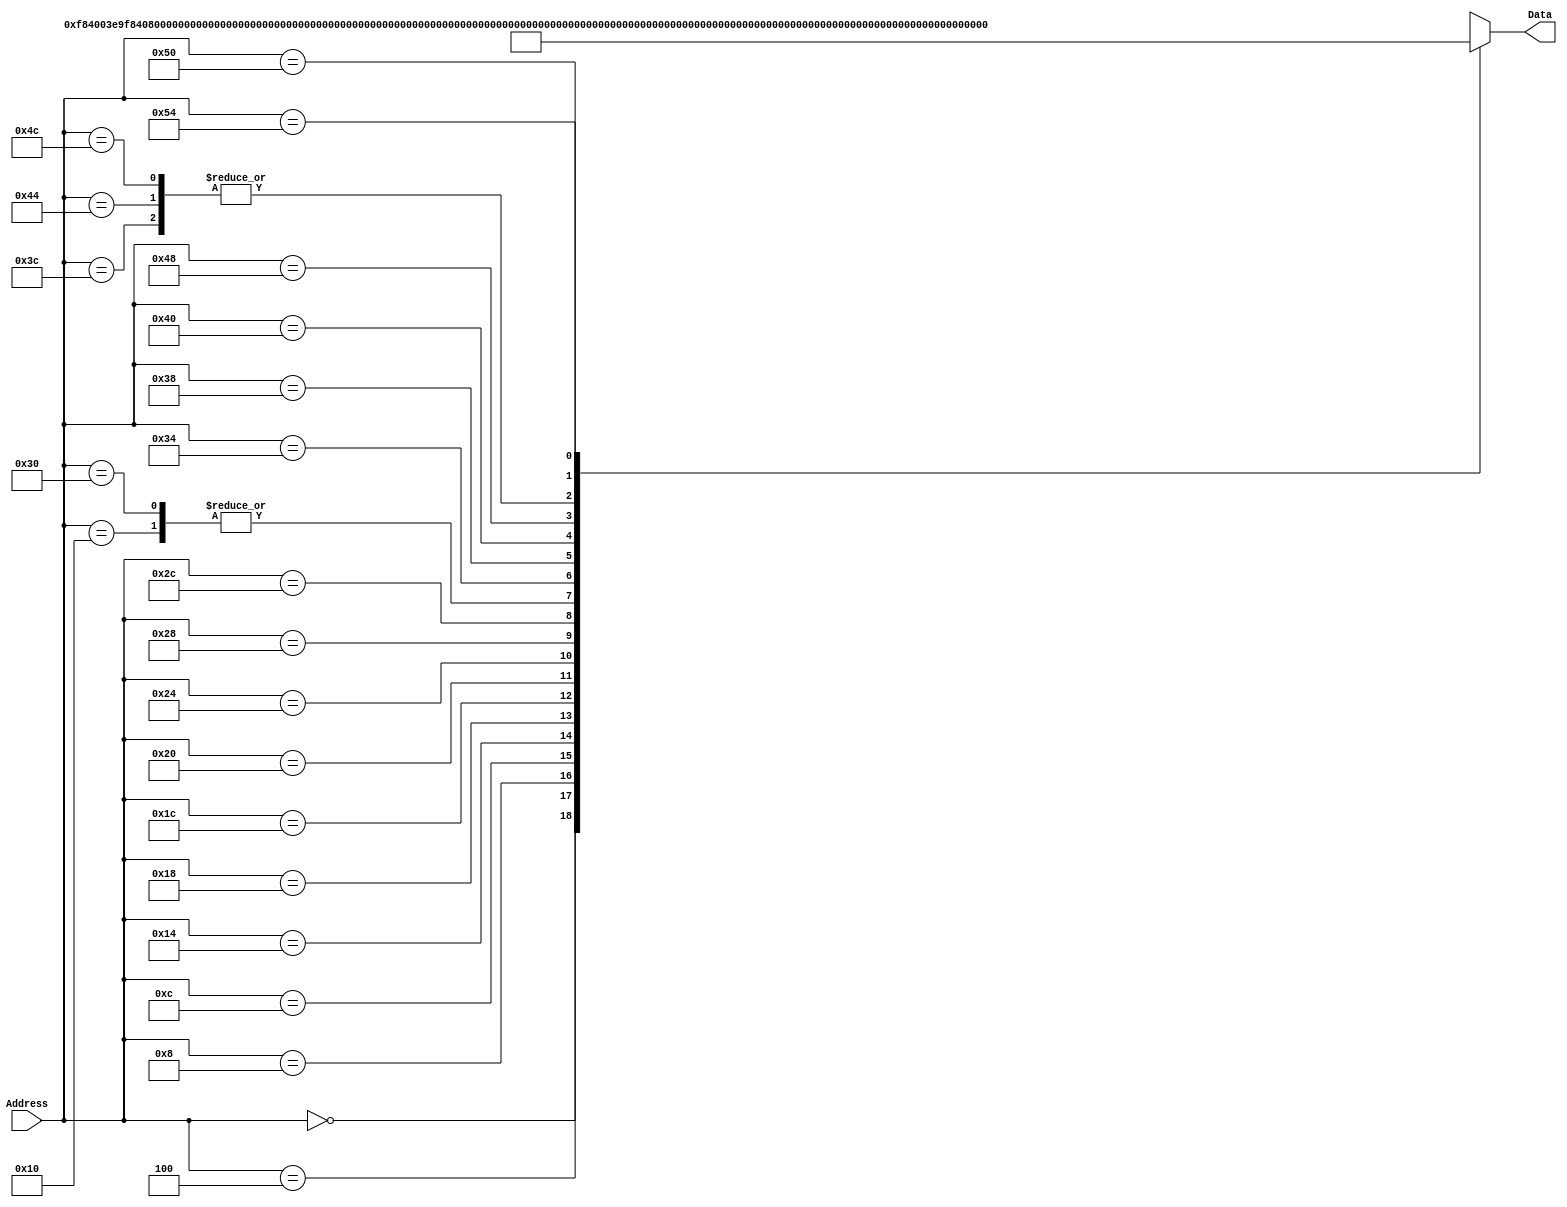
module InstructionMemory(Data, Address);
   parameter T_rd = 20;
   parameter MemSize = 40;
   
   output [31:0] Data;
   input [63:0]  Address;
   reg [31:0] 	 Data;
   
   /*
    * ECEN 350 Processor Test Functions
    * Texas A&M University
    */
   
   always @ (Address) begin
      #4;
      case(Address)

	/* Test Program 1:
	 * Program loads constants from the data memory. Uses these constants to test
	 * the following instructions: LDUR, ORR, AND, CBZ, ADD, SUB, STUR and B.
	 * 
	 * Assembly code for test:
	 * 
	 * 0: LDUR X9, [XZR, 0x0]    //Load 1 into x9
	 * 4: LDUR X10, [XZR, 0x8]   //Load a into x10
	 * 8: LDUR X11, [XZR, 0x10]  //Load 5 into x11
	 * C: LDUR X12, [XZR, 0x18]  //Load big constant into x12
	 * 10: LDUR X13, [XZR, 0x20]  //load a 0 into X13
	 * 
	 * 14: ORR X10, X10, X11  //Create mask of 0xf
	 * 18: AND X12, X12, X10  //Mask off low order bits of big constant
	 * 
	 * loop:
	 * 1C: CBZ X12, end  //while X12 is not 0
	 * 20: ADD X13, X13, X9  //Increment counter in X13
	 * 24: SUB X12, X12, X9  //Decrement remainder of big constant in X12
	 * 28: B loop  //Repeat till X12 is 0
	 * 2C: STUR X13, [XZR, 0x20]  //store back the counter value into the memory location 0x20
	 */
	

	63'h000: Data = 32'hF84003E9;
	63'h004: Data = 32'hF84083EA;
	63'h008: Data = 32'hF84103EB;
	63'h00c: Data = 32'hF84183EC;
	63'h010: Data = 32'hF84203ED;
	63'h014: Data = 32'hAA0B014A;
	63'h018: Data = 32'h8A0A018C;
	63'h01c: Data = 32'hB400008C;
	63'h020: Data = 32'h8B0901AD;
	63'h024: Data = 32'hCB09018C;
	63'h028: Data = 32'h17FFFFFD;
	63'h02c: Data = 32'hF80203ED;
	63'h030: Data = 32'hF84203ED;  //One last load to place stored value on memdbus for test checking.

	//Program 2
        //34: MOVZ X9, 0x1234, LSL 48
        //38: MOVZ X10, 0x5678, LSL 32
        //3c: ADD X9, X9, X10
        //40: MOVZ X10, 0x9abc, LSL 16
        //44: ADD X9, X9, X10
        //48: MOVZ X10, 0xdef0, LSL 0
        //4c: ADD X9, X9, X10
        //50: STUR X9, [XZR, 0x28]
        //54: LDUR X10, [XZR, 0x28]

	//Program 2
	63'h034: Data = 32'hD2E24689;
	
	63'h038: Data = 32'hD2CACF0A;
	
	63'h03c: Data = 32'h8B0A0129;
	
	63'h040: Data = 32'hD2B3578A;
	
	63'h044: Data = 32'h8B0A0129;
	
	63'h048: Data = 32'hD29BDE0A;
	
	63'h04c: Data = 32'h8B0A0129;
	
	63'h050: Data = 32'hF8002BE9;
	
	63'h054: Data = 32'hF8402BEA;

			
	default: Data = 32'hXXXXXXXX;
      endcase
   end
endmodule